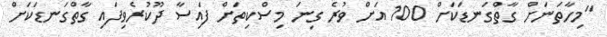
"މިހާތަނަށް ގާތްގަނޑަކަށް 100 އަށް ވުރެ ގިނަ މިސްކިތަށް ފައިސާ ދޫކުރެވިފައި ގާތްގަނޑަކަށް